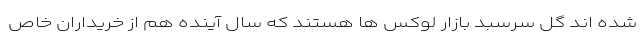
شده اند گل سرسبد بازار لوکس ها هستند که سال آینده هم از خریداران خاص